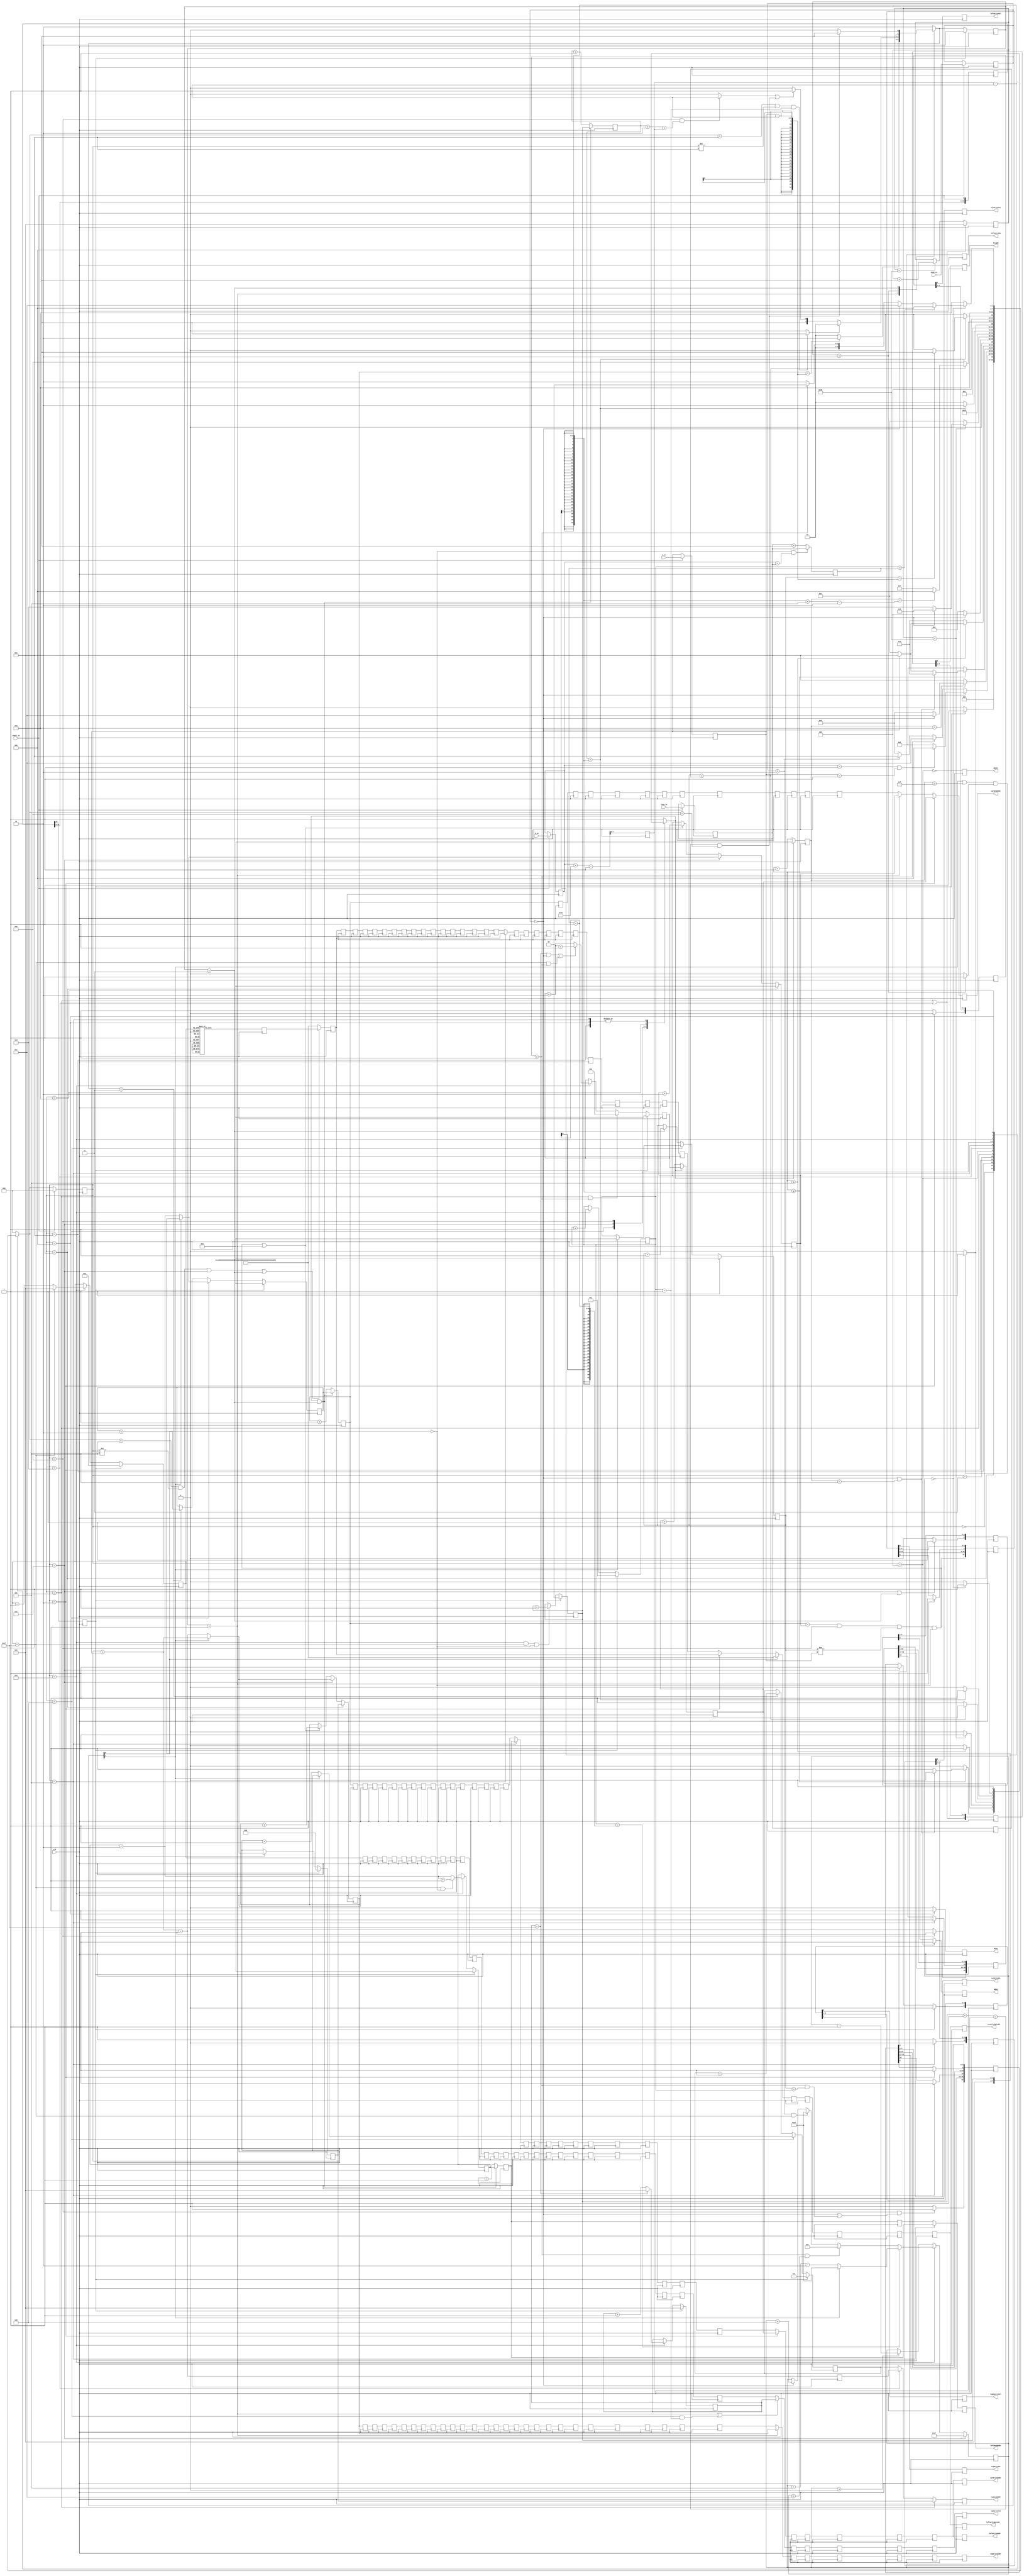
`define NWIDTH 6'b010100
`define BLOCKWIDTH 5'b01000
`define DDRWIDTH 7'b0100000
`define DDRNUMDQS 4'b0100
`define DDRSIZEWIDTH 6'b011000
`define BURSTLEN 3'b010
`define MEMCONWIDTH 8'b01000000
`define MEMCONNUMBYTES 5'b01000
`define RAMWIDTH 13'b0100000000000
`define RAMNUMBYTES 10'b0100000000
`define RAMSIZEWIDTH 5'b01000
`define TOPWIDTH 7'b0100000
`define rFIFOINPUTWIDTH 8'b01000000
`define wFIFOINPUTWIDTH 13'b0100000000000
`define mFIFOWIDTH 6'b011100
`define aFIFOWIDTH 5'b01000
`define SIMULATION_MEMORY
`define BLOCKM 9'b010000000
`define BLOCKN 9'b010000000
`define BLOCKMDIVK 3'b010
`define MEMBLOCKM 8'b01000000
`define MEMBLOCKN 8'b01000000
`define NWIDTH 6'b010100
`define BLOCKWIDTH 5'b01000
`define DDRSIZEWIDTH 6'b011000
`define RAMSIZEWIDTH 5'b01000
`define START 1'b0 //0
`define SETUP 2'b01 //1
`define FIRST 3'b010 //2
`define MODE0_SETUP 3'b011 //3
`define MODE0_WAIT 4'b0100 //4
`define MODE0 4'b0101 //5
`define MODE1_SETUP 4'b0110 //6
`define MODE1_WAIT 4'b0111 //7
`define MODE1 5'b01000 //8
`define MODE2_SETUP 5'b01001 //9
`define MODE2_WAIT 5'b01010 //10
`define MODE2 5'b01011 //11
`define MODE3_SETUP 5'b01100 //12
`define MODE3_WAIT 5'b01101 //13
`define MODE3 5'b01110 //14
`define STALL 5'b01111 //15
`define STALL_WAIT 6'b010000 //16
`define WAIT 6'b010001 //17
`define FINAL_WRITE 6'b010010 //18
`define FINAL_WAIT 6'b010011 //19
`define IDLE 6'b010100 //20
`define LAST_SETUP 6'b010101 //21
`define LAST_SETUP_WAIT 6'b010110 //22
`define LAST 6'b010111 //23
`define LAST_WAIT 6'b011000 //24
`define MEM_IDLE 1'b0 //0
`define MEM_WRITE 2'b01 //1
`define MEM_WRITE_WAIT 3'b010 //2
`define MEM_CHECK_DONE 3'b011 //3
`define MEM_READ 4'b0100 //4
`define MEM_READ_WAIT 4'b0101 //5
`define MEM_DONE 4'b0110 //6
`define MEM_WAIT_DONE 4'b0111 //7
`define rRAMSIZEWIDTH 8
`define cSETUP 4'b0000
`define cSTART 4'b0001
`define cFETCH_COL 4'b0010
`define cWAIT_COL 4'b0011
`define cFIND_REC 4'b0100
`define cMULT_COL 4'b0101
`define cUPDATE_J 4'b0110
`define cSTORE_MO 4'b0111
`define cMULT_SUB 4'b1000
`define cINCRE_I 4'b1001
`define cWAIT 4'b1010
`define cDONE 4'b1011
`define cSTORE_DIAG 4'b1100
`define cSTORE_DIAG2 4'b1101
`define cSTART_FETCH_ROW 4'b1110
`define cROW_WAIT 2'b00
`define cFETCH_ROW 2'b01
`define cDONE_FETCH_ROW 2'b10
`define cLOAD_ROW_INC_J 2'b11
`define PRECISION 7'b0100000
`define NUMPE 8'b01000000
`define PEWIDTH 4'b0110
`define BLOCKWIDTH 5'b01000
`define RAMWIDTH 13'b0100000000000
`define RAMNUMBYTES 10'b0100000000
`define RAMSIZEWIDTH 5'b01000
`define TOPSIZEWIDTH 5'b01110
`define TOPINPUTDELAY 3'b011
`define TOPOUTPUTDELAY 2'b01
`define MEMINPUTDELAY 3'b010
`define MEMOUTPUTDELAY 2'b01
`define TOPWIDTH 7'b0100000
//`define rFIFOINPUTWIDTH 64
`define rFIFOSIZE 512
`define rFIFOSIZEWIDTH 9
`define rFIFOOUTPUTWIDTH 2048
`define rFIFORSIZEWIDTH 4
	`define wFIFOINPUTWIDTH 13'b0100000000000
	`define wFIFOSIZE 6'b010000
	`define wFIFOSIZEWIDTH 4'b0100
	`define wFIFOOUTPUTWIDTH 8'b01000000
	`define wFIFORSIZEWIDTH 5'b01001
`define aFIFOSIZE 6'b010000
`define aFIFOSIZEWIDTH 4'b0100
`define aFIFOWIDTH 5'b01000
`define mFIFOSIZE 16
`define mFIFOSIZEWIDTH 4
//`define mFIFOWIDTH 28
`define BURSTLEN 3'b010
`define BURSTWIDTH 3'b010
`define DATAWIDTH 13'b0100000000000
`define DATANUMBYTES 10'b0100000000
`define MEMCONWIDTH 8'b01000000
`define MEMCONNUMBYTES 5'b01000
`define DDRSIZEWIDTH 6'b011000
`define FIFOSIZE 6'b010000
`define FIFOSIZEWIDTH 4'b0100
`define RAMWIDTH 13'b0100000000000
`define RAMNUMBYTES 10'b0100000000
`define RAMSIZEWIDTH 5'b01000
`define RATIO 7'b0100000
`define RAMLAT 4'b0101
`define dIDLE 0
`define dWRITE 1
`define dREAD 2
`define ZERO        8'b00000000  
`define ONE         8'b00000001  
`define TWO         8'b00000010  
`define THREE 		  8'b00000011  
`define FOUR		  8'b00000100  
`define FIVE		  8'b00000101  
`define SIX         8'b00000110  
`define SEVEN       8'b00000111  
`define EIGHT       8'b00001000  
`define NINE        8'b00001001  
`define TEN         8'b00001010  
`define ELEVEN      8'b00001011  
`define TWELVE      8'b00001100  
`define THIRTEEN    8'b00001101  
`define FOURTEEN    8'b00001110  
`define FIFTEEN     8'b00001111  
`define SIXTEEN     8'b00010000  
`define SEVENTEEN   8'b00010001  
`define EIGHTEEN	  8'b00010010  
`define NINETEEN    8'b00010011  
`define TWENTY		  8'b00010100  
`define TWENTYONE   8'b00010101  
`define TWENTYTWO   8'b00010110  
`define TWENTYTHREE 8'b00010111  
`define TWENTYFOUR  8'b00011000  
`define WEXP	8  
`define WSIG	23  
`define WFLAG	5  
`define WCONTROL 5  
`define DIVZERO 	0  
`define INVALID 	1  
`define INEXACT 	2  
`define OVERFLOW 	3  
`define UNDERFLOW	4  
`define WIDTH 		32 	//(`WEXP + `WSIG + 1)  
`define PRODWIDTH	48 	//(2 * (`WSIG + 1))  
`define SHIFTWIDTH	96 	//(2 * `PRODWIDTH))  
`define WPRENORM	24	// `WSIG + 1  
`define WEXPSUM		10	// `WEXP + 2  
`define BIAS		127	// (2^(`WEXP)) - 1  
`define WSIGMINUS1	22	// `WSIG - 1, used for rounding  
`define WSHIFTAMT	5	// log2(`WSIG + 1) rounded up  
`define UNDERBIAS	192	// 3 * 2 ^ (`WEXP -2)  
`define OVERBIAS	-192	// -`UNDERBIAS  
`define	EXTRASIG	25		// `WSIG+2 this is the amount of precision needed so no  
`define	SHIFT		5		// # bits the max alignment shift will fit in (log2(`WSIG+2)  
`define	MAX_EXP		8'b11111110	// the maximum non-infinite exponent,  
`define	INF_EXP		8'b11111111	// Infinity exponent, `WEXP bits, all 1  
`define	MAX_SIG		23'b11111111111111111111111  
`define	WEXP_0		8'b0		// Exponent equals `WEXP'b0  
`define	WEXP_1		8'b1		// Exponent equals one `WEXP'b1  
`define	WSIG_0		23'b0		// Significand equals zero `WSIG'b0  
`define	WSIG_1		23'b1		// Significand equals one `WSIG'b1  
`define	EXTRASIG_0	25'b0		// All result bits for adder zero `EXTRASIG'b0  
`define	MAXSHIFT	24		// `WSIG + 1  
`define CONSTNAN	{9'b111111111,22'b0}  
`define CONSTZERO	31'b0  
`define CONSTINFINITY	{8'b11111111, 23'b0}  
`define CONSTLARGEST	{`MAX_EXP, `MAX_SIG}  
`define PRESHIFTZEROS  48'b0 // `PRODWIDTH'b0  

module LUControl (clk, start_in, m_in, n_in, loop_in, mode_in, done,
					curReadAddr, curWriteAddr, curWriteByteEn, curWriteEn, curWriteSel, 
					leftReadAddr, leftWriteAddr, leftWriteByteEn, leftWriteEn,  leftWriteSel,
					topReadAddr, topWriteAddr, topWriteEn, topWriteSel, topSourceSel, diagEn, MOSel, MOEn);

input clk, start_in;
input[8-1:0] m_in, n_in, loop_in;
input[1:0] mode_in;
output done;

output[256-1:0] curWriteByteEn;
output[8-1:0] curWriteAddr, curReadAddr;
output curWriteEn;

output[256-1:0] leftWriteByteEn;
output[8-1:0] leftWriteAddr, leftReadAddr;
output leftWriteEn;

output[14-1:0] topWriteAddr, topReadAddr;
output topWriteEn;

output leftWriteSel, curWriteSel, topSourceSel, diagEn;
output[6-1:0] topWriteSel;

output MOSel;
output MOEn;

reg start;
reg[15:0]startDelay;
reg[8-1:0] m, n, stop, stop2, loop;
reg[1:0] mode;
reg[3:0] nextState, currentState;
reg[1:0] nextRowState, currentRowState;
reg startFetchRow, doneFetchRow, loadRow, writeRow;
reg updateCounter;

reg[8-1:0] i1, j;
reg[14-1:0] nextTopIdx, nextTopIdx2, curTopIdx, nextTopIdxCounter;
reg[2-1:0] topIdx, topIdxCounter, mdivk;
reg[8-1:0] diagIdx, leftIdx, msIdx;
reg[6-1:0] imodk, i1modk;
reg[8-1:0] diagIdxCounter, leftIdxCounter, msIdxCounter, readRowCounter, topWriteCounter;
reg[256-1:0] byteEn, i1modkByteEn;

reg done;

reg[256-1:0] curWriteByteEn;
reg[8-1:0] curWriteAddr, curReadAddr;
reg curWriteEn;

reg[256-1:0] leftWriteByteEn;
reg[8-1:0] leftWriteAddr, leftReadAddr;
reg leftWriteEn;

reg[14-1:0] topWriteAddr, topReadAddr;
reg topWriteEn;

reg leftWriteSel, curWriteSel, topSourceSel, diagEn;
reg[6-1:0] topWriteSel;

reg MOSel;
reg MOEn;

reg[8-1:0] counter;
reg[6-1:0] divCounter;

reg[256-1:0]writeByteEnDelay0; 
reg[256-1:0]writeByteEnDelay1; 
reg[256-1:0]writeByteEnDelay2; 
reg[256-1:0]writeByteEnDelay3; 
reg[256-1:0]writeByteEnDelay4; 
reg[256-1:0]writeByteEnDelay5; 
reg[256-1:0]writeByteEnDelay6; 
reg[256-1:0]writeByteEnDelay7; 
reg[256-1:0]writeByteEnDelay8; 
reg[256-1:0]writeByteEnDelay9; 
reg[256-1:0]writeByteEnDelay10; 
reg[256-1:0]writeByteEnDelay11; 
reg[256-1:0]writeByteEnDelay12; 
reg[256-1:0]writeByteEnDelay13; 
reg[256-1:0]writeByteEnDelay14; 
reg[256-1:0]writeByteEnDelay15; 
reg[256-1:0]writeByteEnDelay16; 
reg[256-1:0]writeByteEnDelay17; 
reg[256-1:0]writeByteEnDelay18; 
reg[256-1:0]writeByteEnDelay19; 
reg[256-1:0]writeByteEnDelay20; 
reg[256-1:0]writeByteEnDelay21; 
reg[256-1:0]writeByteEnDelay22; 
reg[256-1:0]writeByteEnDelay23; 
reg[256-1:0]writeByteEnDelay24; 
reg[256-1:0]writeByteEnDelay25; 
reg[256-1:0]writeByteEnDelay26; 
reg[256-1:0]writeByteEnDelay27; 
reg[256-1:0]writeByteEnDelay28; 
reg[256-1:0]writeByteEnDelay29; 
reg[256-1:0]writeByteEnDelay30; 
reg[256-1:0]writeByteEnDelay31; 

reg[8-1:0]curWriteAddrDelay0; 
reg[8-1:0]curWriteAddrDelay1; 
reg[8-1:0]curWriteAddrDelay2; 
reg[8-1:0]curWriteAddrDelay3; 
reg[8-1:0]curWriteAddrDelay4; 
reg[8-1:0]curWriteAddrDelay5; 
reg[8-1:0]curWriteAddrDelay6; 
reg[8-1:0]curWriteAddrDelay7; 
reg[8-1:0]curWriteAddrDelay8; 
reg[8-1:0]curWriteAddrDelay9; 
reg[8-1:0]curWriteAddrDelay10; 
reg[8-1:0]curWriteAddrDelay11; 
reg[8-1:0]curWriteAddrDelay12; 
reg[8-1:0]curWriteAddrDelay13; 
reg[8-1:0]curWriteAddrDelay14; 
reg[8-1:0]curWriteAddrDelay15; 
reg[8-1:0]curWriteAddrDelay16; 
reg[8-1:0]curWriteAddrDelay17; 
reg[8-1:0]curWriteAddrDelay18; 
reg[8-1:0]curWriteAddrDelay19; 
reg[8-1:0]curWriteAddrDelay20; 
reg[8-1:0]curWriteAddrDelay21; 
reg[8-1:0]curWriteAddrDelay22; 
reg[8-1:0]curWriteAddrDelay23; 
reg[8-1:0]curWriteAddrDelay24; 
reg[8-1:0]curWriteAddrDelay25; 
reg[8-1:0]curWriteAddrDelay26; 
reg[8-1:0]curWriteAddrDelay27; 
reg[8-1:0]curWriteAddrDelay28; 
reg[8-1:0]curWriteAddrDelay29; 
reg[8-1:0]curWriteAddrDelay30; 
reg[8-1:0]curWriteAddrDelay31; 

reg[8-1:0]curReadAddrDelay0; 
reg[8-1:0]curReadAddrDelay1; 
reg[8-1:0]curReadAddrDelay2; 
reg[8-1:0]curReadAddrDelay3; 
reg[8-1:0]curReadAddrDelay4; 
reg[8-1:0]curReadAddrDelay5; 
reg[8-1:0]curReadAddrDelay6; 
reg[8-1:0]curReadAddrDelay7; 
reg[8-1:0]curReadAddrDelay8; 
reg[8-1:0]curReadAddrDelay9; 
reg[8-1:0]curReadAddrDelay10; 
reg[8-1:0]curReadAddrDelay11; 

reg[32-1:0]leftWriteEnDelay; 
reg[32-1:0]curWriteEnDelay; 
reg[5-1:0]leftWriteSelDelay; 
reg[16-1:0]curWriteSelDelay; 
reg[8-1:0]leftReadAddrDelay0; 
reg[14-1:0]topWriteAddrDelay0; 
reg[14-1:0]topWriteAddrDelay1; 
reg[14-1:0]topWriteAddrDelay2; 
reg[14-1:0]topWriteAddrDelay3; 
reg[14-1:0]topWriteAddrDelay4; 
reg[14-1:0]topWriteAddrDelay5; 
reg[14-1:0]topWriteAddrDelay6; 
reg[14-1:0]topWriteAddrDelay7; 
reg[14-1:0]topWriteAddrDelay8; 
reg[14-1:0]topWriteAddrDelay9; 
reg[14-1:0]topWriteAddrDelay10; 
reg[14-1:0]topWriteAddrDelay11; 
reg[14-1:0]topWriteAddrDelay12; 
reg[14-1:0]topWriteAddrDelay13; 
reg[14-1:0]topWriteAddrDelay14; 
reg[14-1:0]topWriteAddrDelay15; 
reg[14-1:0]topWriteAddrDelay16; 
reg[14-1:0]topWriteAddrDelay17; 
reg[14-1:0]topWriteAddrDelay18; 
reg[14-1:0]topWriteAddrDelay19; 
reg[14-1:0]topWriteAddrDelay20; 
reg[14-1:0]topWriteAddrDelay21; 
reg[14-1:0]topWriteAddrDelay22; 
reg[14-1:0]topWriteAddrDelay23; 
reg[14-1:0]topWriteAddrDelay24; 
reg[14-1:0]topWriteAddrDelay25; 
reg[14-1:0]topWriteAddrDelay26; 
reg[14-1:0]topWriteAddrDelay27; 
reg[14-1:0]topWriteAddrDelay28; 
reg[14-1:0]topWriteAddrDelay29; 
reg[14-1:0]topWriteAddrDelay30; 
reg[14-1:0]topWriteAddrDelay31; 

reg [32-1:0]topWriteEnDelay;
reg [5-1:0]topSourceSelDelay;
reg[6-1:0]topWriteSelDelay0; 
reg[6-1:0]topWriteSelDelay1; 
reg[6-1:0]topWriteSelDelay2; 
reg[6-1:0]topWriteSelDelay3; 
reg[6-1:0]topWriteSelDelay4; 
reg[6-1:0]topWriteSelDelay5; 
reg[6-1:0]topWriteSelDelay6; 
reg[6-1:0]topWriteSelDelay7; 
reg[6-1:0]topWriteSelDelay8; 
reg[6-1:0]topWriteSelDelay9; 
reg[6-1:0]topWriteSelDelay10; 
reg[6-1:0]topWriteSelDelay11; 
reg[6-1:0]topWriteSelDelay12; 
reg[6-1:0]topWriteSelDelay13; 
reg[6-1:0]topWriteSelDelay14; 
reg[6-1:0]topWriteSelDelay15; 
reg[6-1:0]topWriteSelDelay16; 
reg[6-1:0]topWriteSelDelay17; 
reg[6-1:0]topWriteSelDelay18; 
reg[6-1:0]topWriteSelDelay19; 
reg[6-1:0]topWriteSelDelay20; 
reg[6-1:0]topWriteSelDelay21; 
reg[6-1:0]topWriteSelDelay22; 
reg[6-1:0]topWriteSelDelay23; 
reg[6-1:0]topWriteSelDelay24; 
reg[6-1:0]topWriteSelDelay25; 
reg[6-1:0]topWriteSelDelay26; 
reg[6-1:0]topWriteSelDelay27; 
reg[6-1:0]topWriteSelDelay28; 
reg[6-1:0]topWriteSelDelay29; 
reg[6-1:0]topWriteSelDelay30; 
reg[6-1:0]topWriteSelDelay31; 

reg [6-1:0]diagEnDelay;
reg[6-1:0]MOEnDelay;
reg [8-1:0]waitCycles;

// register store m, n and mdivk value
always @ (posedge clk)
begin
	if (start_in == 1'b1)
	begin
		n <= n_in;
		m <= m_in;
		loop <= loop_in;
		mode <= mode_in;
	end
	if (mode[0] == 1'b0 && m == loop)
		stop <= loop;
	else
		stop <= loop+1'b1;
	stop2 <= loop;
	startDelay[0] <= start_in;
	startDelay[1] <= startDelay[0];
	startDelay[2] <= startDelay[1];
	startDelay[3] <= startDelay[2];
	startDelay[4] <= startDelay[3];
	startDelay[5] <= startDelay[4];
	startDelay[6] <= startDelay[5];
	startDelay[7] <= startDelay[6];
	startDelay[8] <= startDelay[7];
	startDelay[9] <= startDelay[8];
	startDelay[10] <= startDelay[9];
	startDelay[11] <= startDelay[10];
	startDelay[12] <= startDelay[11];
	startDelay[13] <= startDelay[12];
	startDelay[14] <= startDelay[13];
	startDelay[15] <= startDelay[14];
	start <= startDelay[15];
	mdivk <= (m+64-1)>>6;
end

// registers that store values that are used in FSM, dependent on i and/or j
always @ (posedge clk)
begin
	if (start == 1'b1)
		topIdx <= 2'b00; //offset1divk;
	else if (currentState == `cINCRE_I && i1modk == 64-1 && mode[0] == 1'b0)
		topIdx <= topIdx + 1'b1;
		
	if (start == 1'b1)
		diagIdx <= 8'b00000000;
	else if (currentState == `cSTORE_DIAG && mode == 2'b01)
		diagIdx <= 2;	else if (currentState == `cINCRE_I)
	begin
		if ((imodk == 64-1 && mode == 2'b00) || (i1modk == 64-1 && mode == 2'b01))
			diagIdx <= diagIdx + 2 + 1;
		else
			diagIdx <= diagIdx + 2;
	end
	
	if (start == 1'b1)
		leftIdx <= 8'b00000000;
	else if (currentState == `cINCRE_I)
	begin
		if (i1modk == 64-1 && mode[0] == 1'b0)
			leftIdx <= leftIdx + 2 + 1;
		else
			leftIdx <= leftIdx + 2;
	end

	if (start == 1'b1)
		msIdx <= 8'b00000000;
	else if (currentState == `cUPDATE_J)
		if (mode[1] == 1'b0)
			msIdx <= leftIdx + 2;
		else
			msIdx <= topIdx;
	else if (nextRowState == `cLOAD_ROW_INC_J)
		msIdx <= msIdx + 2;

	if (start == 1'b1)
		imodk <= 6'b000000;
	else if (currentState == `cINCRE_I)
	begin
		if (imodk == 64-1)
		imodk <= 6'b000000;
		else
			imodk <= imodk + 1'b1;
	end
	
	if (start == 1'b1)
		i1modk <= 6'b000001;
	else if (currentState == `cINCRE_I)
	begin
		if (i1modk == 64-1)
		i1modk <= 6'b000000;
		else
			i1modk <= i1modk + 1'b1;
	end
	
	if (start == 1'b1)
		nextTopIdx <= 14'b00000000000000;
	else if (currentState == `cINCRE_I)
		if (mode[1] == 0)
			nextTopIdx <= nextTopIdx + n + 1;
		else
			nextTopIdx <= nextTopIdx + n;
 nextTopIdx2 <= nextTopIdx + n + 1;

	if (start == 1'b1)
		curTopIdx <= 14'b00000000000001;
	else if (currentState == `cUPDATE_J)
   if (mode[1] == 1'b0)
		  curTopIdx <= nextTopIdx+1;
   else
		  curTopIdx <= nextTopIdx;
	else if (nextRowState == `cLOAD_ROW_INC_J)
		curTopIdx <= curTopIdx + 1;
	
	if (start == 1'b1)
		i1 <= 8'b00000001;
	else if (currentState == `cINCRE_I)
	   i1 <= i1 + 1;

	if (start == 1'b1)
		j <= 8'b00000000;
	else if (currentState == `cUPDATE_J)
		if (mode[1] == 1'b0)
			j <= i1;
		else
		j <= 8'b00000000;
	else if (currentRowState == `cLOAD_ROW_INC_J)
		j <= j + 1;

// compute cycles of delay in FSM
	if (currentState == `cSTORE_MO)
		waitCycles <= 32-1;
	else if (currentState == `cINCRE_I)
	begin
		if (i1 == stop-1)
			if (mode[1] == 1'b1)
				waitCycles <= 32-1 + 6 - 3;
			else
				waitCycles <= waitCycles + 5 - 2;
		else if (mode == 2'b01 && waitCycles < 32-1 - (16-1) - 4)
			waitCycles <= 32-1 - (16-1) - 4;
		else if (mode == 2'b10 && i1modk == 64-1)
			waitCycles <= 32-1 + 6 - 3;
		else if (mode == 2'b00)
			waitCycles <= waitCycles + 6 ;
	end
else if (waitCycles >8'b00000000)
		waitCycles <= waitCycles - 1;

end

// determining next state of main FSM
always @ (currentState or start or mode or m or n or counter or mdivk or topIdxCounter or doneFetchRow or divCounter or j or stop2 or waitCycles or stop or i1)
begin
	case (currentState)
	`cSETUP:
	begin
		if (start == 1'b1)
			nextState = `cSTART;
		else
			nextState = `cSETUP;
		updateCounter = 1'b1;
	end
	`cSTART:
	begin
		if (mode == 2'b00)
		begin
			if (m == 1 && n == 1)
				nextState = `cDONE;
			else
				nextState = `cFETCH_COL;
		end
		else if (mode == 2'b01)
			nextState = `cSTORE_DIAG;
		else if (mode == 2'b10)
			nextState = `cSTART_FETCH_ROW;
		else
			nextState = `cUPDATE_J;
		updateCounter = 1'b1;
	end
	`cSTART_FETCH_ROW:
	begin
		if (counter == 5+6-1)
   begin
		  if (mode == 2'b00)
			  nextState = `cSTORE_DIAG;
		  else
			  nextState = `cUPDATE_J;
	  end
		else
			nextState = `cSTART_FETCH_ROW;
		updateCounter = 1'b0;
	end
	`cFETCH_COL:
		if (counter >= mdivk-1)
		begin
			if (mode == 2'b00 && counter < 5)
			begin
				nextState = `cWAIT_COL;
				updateCounter = 1'b0;
			end
			else
			begin
				if (mode == 2'b00)
					nextState = `cSTART_FETCH_ROW;
				else
					nextState = `cFIND_REC;
				updateCounter = 1'b1;
			end
		end
		else
		begin
			nextState = `cFETCH_COL;
			updateCounter = 1'b0;
		end
	`cWAIT_COL:
		if (counter >= 5)
		begin
			if (mode == 0)
				nextState = `cSTART_FETCH_ROW;
			else
				nextState = `cFIND_REC;
			updateCounter = 1;
		end
		else
		begin
			nextState = `cWAIT_COL;
			updateCounter = 0;
		end
	`cSTORE_DIAG:
	begin
		if (mode == 0)
			nextState =  `cFIND_REC;
		else
			nextState =  `cFETCH_COL;
		updateCounter = 1;
	end
	`cFIND_REC:
		if (divCounter == 56)
		begin
			if (mode == 0)
				nextState = `cMULT_COL;
			else
				nextState = `cSTORE_DIAG2;
			updateCounter = 1;
		end
		else
		begin
			nextState = `cFIND_REC;
			updateCounter = 0;
		end
	`cSTORE_DIAG2:
	begin
		nextState =  `cMULT_COL;
		updateCounter = 1;
	end
	`cMULT_COL:
		if (topIdxCounter == mdivk-1)
		begin
			nextState = `cUPDATE_J;
			updateCounter = 0;
		end
		else
		begin
			nextState = `cMULT_COL;
			updateCounter = 0;
		end
	`cUPDATE_J:
		if ((mode[1] == 1 || counter >= 16-1) && doneFetchRow == 1)
		begin
			nextState = `cSTORE_MO;
			updateCounter = 1;
		end
		else
		begin
			nextState = `cUPDATE_J;
			updateCounter = 0;
		end
	`cSTORE_MO:
	begin
		if (j == stop2)
		begin
			if (counter == mdivk-1+5-2)
				nextState = `cDONE;
			else
				nextState = `cSTORE_MO;
			updateCounter = 0;
		end
		else
		begin
			nextState =  `cMULT_SUB;
			updateCounter = 1;
		end
	end
	`cMULT_SUB:
		if (topIdxCounter == mdivk-1)
		begin
			if (j == n-1)
				nextState = `cINCRE_I;
			else
				nextState = `cMULT_SUB;
			updateCounter = 1;
		end
		else
		begin
			nextState = `cMULT_SUB;
			updateCounter = 0;
		end
	`cINCRE_I:
	begin
		nextState = `cWAIT;
		updateCounter = 1;
	end
	`cWAIT:
		if (waitCycles == 0)
		begin
			if (i1 == stop)
				nextState = `cDONE;
			else if (mode == 0)
				nextState = `cSTORE_DIAG;
			else if (mode == 1)
				nextState = `cFIND_REC;
			else
				nextState = `cUPDATE_J;
			updateCounter = 1;
		end
		else
		begin
			nextState = `cWAIT;
			updateCounter = 0;
		end
	`cDONE:
	begin
		nextState = `cDONE;
		updateCounter = 0;
	end
	default:
	begin
		nextState = `cSETUP;
		updateCounter = 1;
	end
	endcase
end

always @ (currentRowState or currentState or nextState or i1 or topIdxCounter or mdivk or msIdxCounter or readRowCounter or j or n or mode)
begin
	if (currentRowState == `cDONE_FETCH_ROW)
		doneFetchRow = 1;
	else
		doneFetchRow = 0;
		if((nextState == `cSTART_FETCH_ROW && currentState != `cSTART_FETCH_ROW && i1 == 1))
		startFetchRow = 1;
	else
		startFetchRow = 0;
	if (currentState == `cMULT_SUB && topIdxCounter+2 == mdivk)
		loadRow = 1;
	else
		loadRow = 0;
	writeRow = (msIdxCounter == readRowCounter)&&(currentState==`cMULT_SUB)&&(j!=n)&&(mode[0] == 0);
end

// second FSM that controls the control signals to temp_top block
always @ (currentRowState or nextTopIdxCounter or n or startFetchRow or loadRow or topIdx or mdivk or nextState)
begin
	case (currentRowState)
	`cFETCH_ROW:
		if (nextTopIdxCounter == n-1)
			nextRowState = `cDONE_FETCH_ROW;
		else
			nextRowState = `cFETCH_ROW;
	`cDONE_FETCH_ROW:
		if (startFetchRow == 1)
			nextRowState = `cFETCH_ROW;
		else if (loadRow == 1 || (topIdx+1 == mdivk && nextState == `cMULT_SUB))
			nextRowState = `cLOAD_ROW_INC_J;
		else
			nextRowState = `cDONE_FETCH_ROW;
	`cLOAD_ROW_INC_J:
		if (topIdx+1 == mdivk && nextState == `cMULT_SUB)
			nextRowState = `cLOAD_ROW_INC_J;
		else
			nextRowState = `cDONE_FETCH_ROW;
	default:
		nextRowState = `cDONE_FETCH_ROW;
	endcase
end

// address counters
always @ (posedge clk)
begin
	if (updateCounter == 1 || currentRowState == `cLOAD_ROW_INC_J)
		topIdxCounter <= topIdx;
	else
		topIdxCounter <= topIdxCounter + 1;

	if (updateCounter == 1)
		diagIdxCounter <= diagIdx;
	else
		diagIdxCounter <= diagIdxCounter + 1;

	if (updateCounter == 1 || currentRowState == `cLOAD_ROW_INC_J)
		msIdxCounter <= msIdx;
	else
		msIdxCounter <= msIdxCounter + 1;

	if (updateCounter == 1 || currentRowState == `cLOAD_ROW_INC_J)
		leftIdxCounter <= leftIdx;
	else
		leftIdxCounter <= leftIdxCounter + 1;
	
	if (currentState == `cFETCH_COL || currentState == `cSTORE_MO)
		topWriteCounter <= i1;
	else if (writeRow == 1 || currentRowState == `cFETCH_ROW)
		topWriteCounter <= topWriteCounter + 1;

	if (currentState == `cSTART)
		nextTopIdxCounter <= nextTopIdx;
 else if (currentState == `cSTORE_MO)
		if (mode[1] == 0)
			nextTopIdxCounter <= nextTopIdx + n + 1;
		else
			nextTopIdxCounter <= nextTopIdx + n;
	else if (writeRow == 1 || currentRowState == `cFETCH_ROW)
		nextTopIdxCounter <= nextTopIdxCounter + 1;

	if (currentState == `cSTART)
			readRowCounter <= 0; //offsetdivk;
	else if (currentState == `cSTORE_MO)
		if (mode[1] == 0)
			readRowCounter <= leftIdx + 2;
		else
			readRowCounter <= topIdx;
	else if (writeRow == 1 || currentRowState == `cFETCH_ROW)
	   readRowCounter <= readRowCounter + 2;

	if (updateCounter == 1)
		counter <= 0;
	else
		counter <= counter + 1;

	if (currentState == `cSTORE_DIAG || currentState == `cSTORE_DIAG2)
		divCounter <= 0;
	else if (divCounter < 56)
		divCounter <= divCounter + 1;

	case (i1modk) 
		6'b000000: begin
			i1modkByteEn <= ~(256'b0) >> (6'b000000<<2'b10);
		end
		6'b000001: begin
			i1modkByteEn <= ~(256'b0) >> (6'b000001<<2'b10);
		end
		6'b000010: begin
			i1modkByteEn <= ~(256'b0) >> (6'b000010<<2'b10);
		end
		6'b000011: begin
			i1modkByteEn <= ~(256'b0) >> (6'b000011<<2'b10);
		end
		6'b000100: begin
			i1modkByteEn <= ~(256'b0) >> (6'b000100<<2'b10);
		end
		6'b000101: begin
			i1modkByteEn <= ~(256'b0) >> (6'b000101<<2'b10);
		end
		6'b000110: begin
			i1modkByteEn <= ~(256'b0) >> (6'b000110<<2'b10);
		end
		6'b000111: begin
			i1modkByteEn <= ~(256'b0) >> (6'b000111<<2'b10);
		end
		6'b001000: begin
			i1modkByteEn <= ~(256'b0) >> (6'b001000<<2'b10);
		end
		6'b001001: begin
			i1modkByteEn <= ~(256'b0) >> (6'b001001<<2'b10);
		end
		6'b001010: begin
			i1modkByteEn <= ~(256'b0) >> (6'b001010<<2'b10);
		end
		6'b001011: begin
			i1modkByteEn <= ~(256'b0) >> (6'b001011<<2'b10);
		end
		6'b001100: begin
			i1modkByteEn <= ~(256'b0) >> (6'b001100<<2'b10);
		end
		6'b001101: begin
			i1modkByteEn <= ~(256'b0) >> (6'b001101<<2'b10);
		end
		6'b001110: begin
			i1modkByteEn <= ~(256'b0) >> (6'b001110<<2'b10);
		end
		6'b001111: begin
			i1modkByteEn <= ~(256'b0) >> (6'b001111<<2'b10);
		end
		6'b010000: begin
			i1modkByteEn <= ~(256'b0) >> (6'b010000<<2'b10);
		end
		6'b010001: begin
			i1modkByteEn <= ~(256'b0) >> (6'b010001<<2'b10);
		end
		6'b010010: begin
			i1modkByteEn <= ~(256'b0) >> (6'b010010<<2'b10);
		end
		6'b010011: begin
			i1modkByteEn <= ~(256'b0) >> (6'b010011<<2'b10);
		end
		6'b010100: begin
			i1modkByteEn <= ~(256'b0) >> (6'b010100<<2'b10);
		end
		6'b010101: begin
			i1modkByteEn <= ~(256'b0) >> (6'b010101<<2'b10);
		end
		6'b010110: begin
			i1modkByteEn <= ~(256'b0) >> (6'b010110<<2'b10);
		end
		6'b010111: begin
			i1modkByteEn <= ~(256'b0) >> (6'b010111<<2'b10);
		end
		6'b011000: begin
			i1modkByteEn <= ~(256'b0) >> (6'b011000<<2'b10);
		end
		6'b011001: begin
			i1modkByteEn <= ~(256'b0) >> (6'b011001<<2'b10);
		end
		6'b011010: begin
			i1modkByteEn <= ~(256'b0) >> (6'b011010<<2'b10);
		end
		6'b011011: begin
			i1modkByteEn <= ~(256'b0) >> (6'b011011<<2'b10);
		end
		6'b011100: begin
			i1modkByteEn <= ~(256'b0) >> (6'b011100<<2'b10);
		end
		6'b011101: begin
			i1modkByteEn <= ~(256'b0) >> (6'b011101<<2'b10);
		end
		6'b011110: begin
			i1modkByteEn <= ~(256'b0) >> (6'b011110<<2'b10);
		end
		6'b011111: begin
			i1modkByteEn <= ~(256'b0) >> (6'b011111<<2'b10);
		end
		6'b100000: begin
			i1modkByteEn <= ~(256'b0) >> (6'b100000<<2'b10);
		end
		6'b100001: begin
			i1modkByteEn <= ~(256'b0) >> (6'b100001<<2'b10);
		end
		6'b100010: begin
			i1modkByteEn <= ~(256'b0) >> (6'b100010<<2'b10);
		end
		6'b100011: begin
			i1modkByteEn <= ~(256'b0) >> (6'b100011<<2'b10);
		end
		6'b100100: begin
			i1modkByteEn <= ~(256'b0) >> (6'b100100<<2'b10);
		end
		6'b100101: begin
			i1modkByteEn <= ~(256'b0) >> (6'b100101<<2'b10);
		end
		6'b100110: begin
			i1modkByteEn <= ~(256'b0) >> (6'b100110<<2'b10);
		end
		6'b100111: begin
			i1modkByteEn <= ~(256'b0) >> (6'b100111<<2'b10);
		end
		6'b101000: begin
			i1modkByteEn <= ~(256'b0) >> (6'b101000<<2'b10);
		end
		6'b101001: begin
			i1modkByteEn <= ~(256'b0) >> (6'b101001<<2'b10);
		end
		6'b101010: begin
			i1modkByteEn <= ~(256'b0) >> (6'b101010<<2'b10);
		end
		6'b101011: begin
			i1modkByteEn <= ~(256'b0) >> (6'b101011<<2'b10);
		end
		6'b101100: begin
			i1modkByteEn <= ~(256'b0) >> (6'b101100<<2'b10);
		end
		6'b101101: begin
			i1modkByteEn <= ~(256'b0) >> (6'b101101<<2'b10);
		end
		6'b101110: begin
			i1modkByteEn <= ~(256'b0) >> (6'b101110<<2'b10);
		end
		6'b101111: begin
			i1modkByteEn <= ~(256'b0) >> (6'b101111<<2'b10);
		end
		6'b110000: begin
			i1modkByteEn <= ~(256'b0) >> (6'b110000<<2'b10);
		end
		6'b110001: begin
			i1modkByteEn <= ~(256'b0) >> (6'b110001<<2'b10);
		end
		6'b110010: begin
			i1modkByteEn <= ~(256'b0) >> (6'b110010<<2'b10);
		end
		6'b110011: begin
			i1modkByteEn <= ~(256'b0) >> (6'b110011<<2'b10);
		end
		6'b110100: begin
			i1modkByteEn <= ~(256'b0) >> (6'b110100<<2'b10);
		end
		6'b110101: begin
			i1modkByteEn <= ~(256'b0) >> (6'b110101<<2'b10);
		end
		6'b110110: begin
			i1modkByteEn <= ~(256'b0) >> (6'b110110<<2'b10);
		end
		6'b110111: begin
			i1modkByteEn <= ~(256'b0) >> (6'b110111<<2'b10);
		end
		6'b111000: begin
			i1modkByteEn <= ~(256'b0) >> (6'b111000<<2'b10);
		end
		6'b111001: begin
			i1modkByteEn <= ~(256'b0) >> (6'b111001<<2'b10);
		end
		6'b111010: begin
			i1modkByteEn <= ~(256'b0) >> (6'b111010<<2'b10);
		end
		6'b111011: begin
			i1modkByteEn <= ~(256'b0) >> (6'b111011<<2'b10);
		end
		6'b111100: begin
			i1modkByteEn <= ~(256'b0) >> (6'b111100<<2'b10);
		end
		6'b111101: begin
			i1modkByteEn <= ~(256'b0) >> (6'b111101<<2'b10);
		end
		6'b111110: begin
			i1modkByteEn <= ~(256'b0) >> (6'b111110<<2'b10);
		end
		6'b111111: begin
			i1modkByteEn <= ~(256'b0) >> (6'b111111<<2'b10);
		end
		default: begin
			i1modkByteEn <= ~(256'b0);
		end
	endcase
end

// compute Byte Enable
always @ (posedge clk)
begin
	if ((nextState == `cMULT_COL && currentState != `cMULT_COL) || (currentState == `cSTORE_MO) || currentRowState == `cLOAD_ROW_INC_J)
		byteEn <= i1modkByteEn;
	else
		byteEn <= 256'b1111111111111111111111111111111111111111111111111111111111111111111111111111111111111111111111111111111111111111111111111111111111111111111111111111111111111111111111111111111111111111111111111111111111111111111111111111111111111111111111111111111111111111;
end

// update FSM state register
always @ (posedge clk)
begin
	if (start_in == 1'b1)
		currentState <= `cSETUP;
	else
		currentState <= nextState;
	if (start == 1'b1)
		currentRowState <= `cDONE_FETCH_ROW;
	else
		currentRowState <= nextRowState;
end

// delay register for control signals
// control signals are delayed to match latency of operations and/or memory access
always @ (posedge clk)
begin
	curReadAddrDelay0 <= curReadAddrDelay1;
	curReadAddrDelay1 <= curReadAddrDelay2;
	curReadAddrDelay2 <= curReadAddrDelay3;
	curReadAddrDelay3 <= curReadAddrDelay4;
	curReadAddrDelay4 <= curReadAddrDelay5;
	curReadAddrDelay5 <= curReadAddrDelay6;
	curReadAddrDelay6 <= curReadAddrDelay7;
	curReadAddrDelay7 <= curReadAddrDelay8;
	curReadAddrDelay8 <= curReadAddrDelay9;
	curReadAddrDelay9 <= curReadAddrDelay10;
	curReadAddrDelay10 <= curReadAddrDelay11;
	curReadAddrDelay11 <= msIdxCounter;
	
	curWriteAddrDelay0 <= curWriteAddrDelay1;
	curWriteAddrDelay1 <= curWriteAddrDelay2;
	curWriteAddrDelay2 <= curWriteAddrDelay3;
	curWriteAddrDelay3 <= curWriteAddrDelay4;
	if (currentState == `cFETCH_COL)
		curWriteAddrDelay4 <= diagIdxCounter;
	else
		curWriteAddrDelay4 <= curWriteAddrDelay5;
	curWriteAddrDelay5 <= curWriteAddrDelay6;
	curWriteAddrDelay6 <= curWriteAddrDelay7;
	curWriteAddrDelay7 <= curWriteAddrDelay8;
	curWriteAddrDelay8 <= curWriteAddrDelay9;
	curWriteAddrDelay9 <= curWriteAddrDelay10;
	curWriteAddrDelay10 <= curWriteAddrDelay11;
	curWriteAddrDelay11 <= curWriteAddrDelay12;
	curWriteAddrDelay12 <= curWriteAddrDelay13;
	curWriteAddrDelay13 <= curWriteAddrDelay14;
	curWriteAddrDelay14 <= curWriteAddrDelay15;
	if (currentState == `cMULT_COL)
		curWriteAddrDelay15 <= leftIdxCounter;
	else
		curWriteAddrDelay15 <= curWriteAddrDelay16;
	curWriteAddrDelay16 <= curWriteAddrDelay17;
	curWriteAddrDelay17 <= curWriteAddrDelay18;
	curWriteAddrDelay18 <= curWriteAddrDelay19;
	curWriteAddrDelay19 <= curWriteAddrDelay20;
	curWriteAddrDelay20 <= curWriteAddrDelay21;
	curWriteAddrDelay21 <= curWriteAddrDelay22;
	curWriteAddrDelay22 <= curWriteAddrDelay23;
	curWriteAddrDelay23 <= curWriteAddrDelay24;
	curWriteAddrDelay24 <= curWriteAddrDelay25;
	curWriteAddrDelay25 <= curWriteAddrDelay26;
	curWriteAddrDelay26 <= curWriteAddrDelay27;
	curWriteAddrDelay27 <= curWriteAddrDelay28;
	curWriteAddrDelay28 <= curWriteAddrDelay29;
	curWriteAddrDelay29 <= curWriteAddrDelay30;
	curWriteAddrDelay30 <= curWriteAddrDelay31;
	curWriteAddrDelay31 <= msIdxCounter;
	
	writeByteEnDelay0 <= writeByteEnDelay1;
	writeByteEnDelay1 <= writeByteEnDelay2;
	writeByteEnDelay2 <= writeByteEnDelay3;
	writeByteEnDelay3 <= writeByteEnDelay4;
	if (mode[0] == 1'b1)
		writeByteEnDelay4 <= ~0;
	else if (currentState == `cFETCH_COL)
		writeByteEnDelay4 <= byteEn;
	else
		writeByteEnDelay4 <= writeByteEnDelay5;
	writeByteEnDelay5 <= writeByteEnDelay6;
	writeByteEnDelay6 <= writeByteEnDelay7;
	writeByteEnDelay7 <= writeByteEnDelay8;
	writeByteEnDelay8 <= writeByteEnDelay9;
	writeByteEnDelay9 <= writeByteEnDelay10;
	writeByteEnDelay10 <= writeByteEnDelay11;
	writeByteEnDelay11 <= writeByteEnDelay12;
	writeByteEnDelay12 <= writeByteEnDelay13;
	writeByteEnDelay13 <= writeByteEnDelay14;
	writeByteEnDelay14 <= writeByteEnDelay15;
	if (currentState == `cMULT_COL)
		writeByteEnDelay15 <= byteEn;
	else
		writeByteEnDelay15 <= writeByteEnDelay16;
	writeByteEnDelay16 <= writeByteEnDelay17;
	writeByteEnDelay17 <= writeByteEnDelay18;
	writeByteEnDelay18 <= writeByteEnDelay19;
	writeByteEnDelay19 <= writeByteEnDelay20;
	writeByteEnDelay20 <= writeByteEnDelay21;
	writeByteEnDelay21 <= writeByteEnDelay22;
	writeByteEnDelay22 <= writeByteEnDelay23;
	writeByteEnDelay23 <= writeByteEnDelay24;
	writeByteEnDelay24 <= writeByteEnDelay25;
	writeByteEnDelay25 <= writeByteEnDelay26;
	writeByteEnDelay26 <= writeByteEnDelay27;
	writeByteEnDelay27 <= writeByteEnDelay28;
	writeByteEnDelay28 <= writeByteEnDelay29;
	writeByteEnDelay29 <= writeByteEnDelay30;
	writeByteEnDelay30 <= writeByteEnDelay31;
	writeByteEnDelay31 <= byteEn;
	
	curWriteSelDelay[0] <= curWriteSelDelay[1];
	curWriteSelDelay[1] <= curWriteSelDelay[2];
	curWriteSelDelay[2] <= curWriteSelDelay[3];
	curWriteSelDelay[3] <= curWriteSelDelay[4];
	curWriteSelDelay[4] <= curWriteSelDelay[5];
	curWriteSelDelay[5] <= curWriteSelDelay[6];
	curWriteSelDelay[6] <= curWriteSelDelay[7];
	curWriteSelDelay[7] <= curWriteSelDelay[8];
	curWriteSelDelay[8] <= curWriteSelDelay[9];
	curWriteSelDelay[9] <= curWriteSelDelay[10];
	curWriteSelDelay[10] <= curWriteSelDelay[11];
	curWriteSelDelay[11] <= curWriteSelDelay[12];
	curWriteSelDelay[12] <= curWriteSelDelay[13];
	curWriteSelDelay[13] <= curWriteSelDelay[14];
	curWriteSelDelay[14] <= curWriteSelDelay[15];
	if (currentState == `cMULT_COL)
		curWriteSelDelay[15] <= 1'b0;
	else
		curWriteSelDelay[15] <= 1'b1;

	curWriteEnDelay[0] <= curWriteEnDelay[1];
	curWriteEnDelay[1] <= curWriteEnDelay[2];
	curWriteEnDelay[2] <= curWriteEnDelay[3];
	curWriteEnDelay[3] <= curWriteEnDelay[4];
	curWriteEnDelay[4] <= curWriteEnDelay[5];
	curWriteEnDelay[5] <= curWriteEnDelay[6];
	curWriteEnDelay[6] <= curWriteEnDelay[7];
	curWriteEnDelay[7] <= curWriteEnDelay[8];
	curWriteEnDelay[8] <= curWriteEnDelay[9];
	curWriteEnDelay[9] <= curWriteEnDelay[10];
	curWriteEnDelay[10] <= curWriteEnDelay[11];
	curWriteEnDelay[11] <= curWriteEnDelay[12];
	curWriteEnDelay[12] <= curWriteEnDelay[13];
	curWriteEnDelay[13] <= curWriteEnDelay[14];
	curWriteEnDelay[14] <= curWriteEnDelay[15];
	if (currentState == `cMULT_COL)
		curWriteEnDelay[15] <= 1'b1;
	else
		curWriteEnDelay[15] <= curWriteEnDelay[16];
	curWriteEnDelay[16] <= curWriteEnDelay[17];
	curWriteEnDelay[17] <= curWriteEnDelay[18];
	curWriteEnDelay[18] <= curWriteEnDelay[19];
	curWriteEnDelay[19] <= curWriteEnDelay[20];
	curWriteEnDelay[20] <= curWriteEnDelay[21];
	curWriteEnDelay[21] <= curWriteEnDelay[22];
	curWriteEnDelay[22] <= curWriteEnDelay[23];
	curWriteEnDelay[23] <= curWriteEnDelay[24];
	curWriteEnDelay[24] <= curWriteEnDelay[25];
	curWriteEnDelay[25] <= curWriteEnDelay[26];
	curWriteEnDelay[26] <= curWriteEnDelay[27];
	curWriteEnDelay[27] <= curWriteEnDelay[28];
	curWriteEnDelay[28] <= curWriteEnDelay[29];
	curWriteEnDelay[29] <= curWriteEnDelay[30];
	curWriteEnDelay[30] <= curWriteEnDelay[31];
	if (currentState == `cMULT_SUB)
		curWriteEnDelay[31] <= 1'b1;
	else
		curWriteEnDelay[31] <= 1'b0;

	leftWriteSelDelay[0] <= leftWriteSelDelay[1];
	leftWriteSelDelay[1] <= leftWriteSelDelay[2];
	leftWriteSelDelay[2] <= leftWriteSelDelay[3];
	leftWriteSelDelay[3] <= leftWriteSelDelay[4];
	if (currentState == `cFETCH_COL)
		leftWriteSelDelay[4] <= 1'b0;
	else
		leftWriteSelDelay[4] <= 1'b1;

	leftWriteEnDelay[0] <= leftWriteEnDelay[1];
	leftWriteEnDelay[1] <= leftWriteEnDelay[2];
	leftWriteEnDelay[2] <= leftWriteEnDelay[3];
	leftWriteEnDelay[3] <= leftWriteEnDelay[4];
	if (currentState == `cFETCH_COL)
		leftWriteEnDelay[4] <= 1'b1;
	else
		leftWriteEnDelay[4] <= leftWriteEnDelay[5];
	leftWriteEnDelay[5] <= leftWriteEnDelay[6];
	leftWriteEnDelay[6] <= leftWriteEnDelay[7];
	leftWriteEnDelay[7] <= leftWriteEnDelay[8];
	leftWriteEnDelay[8] <= leftWriteEnDelay[9];
	leftWriteEnDelay[9] <= leftWriteEnDelay[10];
	leftWriteEnDelay[10] <= leftWriteEnDelay[11];
	leftWriteEnDelay[11] <= leftWriteEnDelay[12];
	leftWriteEnDelay[12] <= leftWriteEnDelay[13];
	leftWriteEnDelay[13] <= leftWriteEnDelay[14];
	leftWriteEnDelay[14] <= leftWriteEnDelay[15];
	if (currentState == `cMULT_COL)
		leftWriteEnDelay[15] <= 1'b1;
	else
		leftWriteEnDelay[15] <= leftWriteEnDelay[16];
	leftWriteEnDelay[16] <= leftWriteEnDelay[17];
	leftWriteEnDelay[17] <= leftWriteEnDelay[18];
	leftWriteEnDelay[18] <= leftWriteEnDelay[19];
	leftWriteEnDelay[19] <= leftWriteEnDelay[20];
	leftWriteEnDelay[20] <= leftWriteEnDelay[21];
	leftWriteEnDelay[21] <= leftWriteEnDelay[22];
	leftWriteEnDelay[22] <= leftWriteEnDelay[23];
	leftWriteEnDelay[23] <= leftWriteEnDelay[24];
	leftWriteEnDelay[24] <= leftWriteEnDelay[25];
	leftWriteEnDelay[25] <= leftWriteEnDelay[26];
	leftWriteEnDelay[26] <= leftWriteEnDelay[27];
	leftWriteEnDelay[27] <= leftWriteEnDelay[28];
	leftWriteEnDelay[28] <= leftWriteEnDelay[29];
	leftWriteEnDelay[29] <= leftWriteEnDelay[30];
	leftWriteEnDelay[30] <= leftWriteEnDelay[31];
	if (currentState == `cMULT_SUB && (mode == 0 || (mode == 1 && j == i1)))
		leftWriteEnDelay[31] <= 1'b1;
	else
		leftWriteEnDelay[31] <= 1'b0;

	topWriteAddrDelay0 <= topWriteAddrDelay1;
	topWriteAddrDelay1 <= topWriteAddrDelay2;
	topWriteAddrDelay2 <= topWriteAddrDelay3;
	topWriteAddrDelay3 <= topWriteAddrDelay4;
	if (currentRowState == `cFETCH_ROW)
		topWriteAddrDelay4 <= nextTopIdxCounter;
	else
		topWriteAddrDelay4 <=  topWriteAddrDelay5;
	topWriteAddrDelay5 <= topWriteAddrDelay6;
	topWriteAddrDelay6 <= topWriteAddrDelay7;
	topWriteAddrDelay7 <= topWriteAddrDelay8;
	topWriteAddrDelay8 <= topWriteAddrDelay9;
	topWriteAddrDelay9 <= topWriteAddrDelay10;
	topWriteAddrDelay10 <= topWriteAddrDelay11;
	topWriteAddrDelay11 <= topWriteAddrDelay12;
	topWriteAddrDelay12 <= topWriteAddrDelay13;
	topWriteAddrDelay13 <= topWriteAddrDelay14;
	topWriteAddrDelay14 <= topWriteAddrDelay15;
	topWriteAddrDelay15 <= topWriteAddrDelay16;
	topWriteAddrDelay16 <= topWriteAddrDelay17;
	topWriteAddrDelay17 <= topWriteAddrDelay18;
	topWriteAddrDelay18 <= topWriteAddrDelay19;
	topWriteAddrDelay19 <= topWriteAddrDelay20;
	topWriteAddrDelay20 <= topWriteAddrDelay21;
	topWriteAddrDelay21 <= topWriteAddrDelay22;
	topWriteAddrDelay22 <= topWriteAddrDelay23;
	topWriteAddrDelay23 <= topWriteAddrDelay24;
	topWriteAddrDelay24 <= topWriteAddrDelay25;
	topWriteAddrDelay25 <= topWriteAddrDelay26;
	topWriteAddrDelay26 <= topWriteAddrDelay27;
	topWriteAddrDelay27 <= topWriteAddrDelay28;
	topWriteAddrDelay28 <= topWriteAddrDelay29;
	topWriteAddrDelay29 <= topWriteAddrDelay30;
	topWriteAddrDelay30 <= topWriteAddrDelay31;
		topWriteAddrDelay31 <= nextTopIdxCounter;

	topWriteEnDelay[0] <= topWriteEnDelay[1];
	topWriteEnDelay[1] <= topWriteEnDelay[2];
	topWriteEnDelay[2] <= topWriteEnDelay[3];
	topWriteEnDelay[3] <= topWriteEnDelay[4];
	if (currentRowState == `cFETCH_ROW)
		topWriteEnDelay[4] <= 1'b1;
	else
		topWriteEnDelay[4] <=  topWriteEnDelay[5];
	topWriteEnDelay[5] <= topWriteEnDelay[6];
	topWriteEnDelay[6] <= topWriteEnDelay[7];
	topWriteEnDelay[7] <= topWriteEnDelay[8];
	topWriteEnDelay[8] <= topWriteEnDelay[9];
	topWriteEnDelay[9] <= topWriteEnDelay[10];
	topWriteEnDelay[10] <= topWriteEnDelay[11];
	topWriteEnDelay[11] <= topWriteEnDelay[12];
	topWriteEnDelay[12] <= topWriteEnDelay[13];
	topWriteEnDelay[13] <= topWriteEnDelay[14];
	topWriteEnDelay[14] <= topWriteEnDelay[15];
	topWriteEnDelay[15] <= topWriteEnDelay[16];
	topWriteEnDelay[16] <= topWriteEnDelay[17];
	topWriteEnDelay[17] <= topWriteEnDelay[18];
	topWriteEnDelay[18] <= topWriteEnDelay[19];
	topWriteEnDelay[19] <= topWriteEnDelay[20];
	topWriteEnDelay[20] <= topWriteEnDelay[21];
	topWriteEnDelay[21] <= topWriteEnDelay[22];
	topWriteEnDelay[22] <= topWriteEnDelay[23];
	topWriteEnDelay[23] <= topWriteEnDelay[24];
	topWriteEnDelay[24] <= topWriteEnDelay[25];
	topWriteEnDelay[25] <= topWriteEnDelay[26];
	topWriteEnDelay[26] <= topWriteEnDelay[27];
	topWriteEnDelay[27] <= topWriteEnDelay[28];
	topWriteEnDelay[28] <= topWriteEnDelay[29];
	topWriteEnDelay[29] <= topWriteEnDelay[30];
	topWriteEnDelay[30] <= topWriteEnDelay[31];
	topWriteEnDelay[31] <= writeRow;

	topWriteSelDelay0 <= topWriteSelDelay1;
	topWriteSelDelay1 <= topWriteSelDelay2;
	topWriteSelDelay2 <= topWriteSelDelay3;
	topWriteSelDelay3 <= topWriteSelDelay4;
	if (currentRowState == `cFETCH_ROW || currentState == `cUPDATE_J && i1 == 1)
		topWriteSelDelay4 <= imodk;
	else
		topWriteSelDelay4 <=  topWriteSelDelay5;
	topWriteSelDelay5 <= topWriteSelDelay6;
	topWriteSelDelay6 <= topWriteSelDelay7;
	topWriteSelDelay7 <= topWriteSelDelay8;
	topWriteSelDelay8 <= topWriteSelDelay9;
	topWriteSelDelay9 <= topWriteSelDelay10;
	topWriteSelDelay10 <= topWriteSelDelay11;
	topWriteSelDelay11 <= topWriteSelDelay12;
	topWriteSelDelay12 <= topWriteSelDelay13;
	topWriteSelDelay13 <= topWriteSelDelay14;
	topWriteSelDelay14 <= topWriteSelDelay15;
	topWriteSelDelay15 <= topWriteSelDelay16;
	topWriteSelDelay16 <= topWriteSelDelay17;
	topWriteSelDelay17 <= topWriteSelDelay18;
	topWriteSelDelay18 <= topWriteSelDelay19;
	topWriteSelDelay19 <= topWriteSelDelay20;
	topWriteSelDelay20 <= topWriteSelDelay21;
	topWriteSelDelay21 <= topWriteSelDelay22;
	topWriteSelDelay22 <= topWriteSelDelay23;
	topWriteSelDelay23 <= topWriteSelDelay24;
	topWriteSelDelay24 <= topWriteSelDelay25;
	topWriteSelDelay25 <= topWriteSelDelay26;
	topWriteSelDelay26 <= topWriteSelDelay27;
	topWriteSelDelay27 <= topWriteSelDelay28;
	topWriteSelDelay28 <= topWriteSelDelay29;
	topWriteSelDelay29 <= topWriteSelDelay30;
	topWriteSelDelay30 <= topWriteSelDelay31;
	topWriteSelDelay31 <= i1modk;

	topSourceSelDelay[0] <= topSourceSelDelay[1];
	topSourceSelDelay[1] <= topSourceSelDelay[2];
	topSourceSelDelay[2] <= topSourceSelDelay[3];
	topSourceSelDelay[3] <= topSourceSelDelay[4];
	if (start == 1'b1)
		topSourceSelDelay[4] <= 1'b0;
	else if (currentState == `cSTORE_MO)
		topSourceSelDelay[4] <= 1'b1;

	leftReadAddrDelay0 <= leftIdxCounter;


	diagEnDelay[0] <= diagEnDelay[1];
	diagEnDelay[1] <= diagEnDelay[2];
	diagEnDelay[2] <= diagEnDelay[3];
	diagEnDelay[3] <= diagEnDelay[4];
	diagEnDelay[4] <= diagEnDelay[5];
	diagEnDelay[5] <= (currentState == `cSTORE_DIAG || currentState == `cSTORE_DIAG2);

	MOEnDelay[0] <= MOEnDelay[1];
	MOEnDelay[1] <= MOEnDelay[2];
	MOEnDelay[2] <= MOEnDelay[3];
	MOEnDelay[3] <= MOEnDelay[4];
	MOEnDelay[4] <= MOEnDelay[5];
	if (currentState == `cSTORE_MO || currentRowState == `cLOAD_ROW_INC_J)
		MOEnDelay[5] <= 1'b1;
	else
		MOEnDelay[5] <= 1'b0;
end

// output contorl signals
always @ (posedge clk)
begin
	if (currentState == `cFETCH_COL)
		curReadAddr <= diagIdxCounter;
	else if (currentRowState == `cFETCH_ROW)
	   curReadAddr <= readRowCounter;
	else
		curReadAddr <= curReadAddrDelay0;
	curWriteAddr <= curWriteAddrDelay0;
	curWriteByteEn <= writeByteEnDelay0;
	curWriteSel <= curWriteSelDelay;
	curWriteEn <= curWriteEnDelay;

	if (currentState == `cMULT_COL)
		leftReadAddr <= leftIdxCounter;
	else
		leftReadAddr <= leftReadAddrDelay0;
	leftWriteAddr <= curWriteAddrDelay0;
	leftWriteByteEn <= writeByteEnDelay0;
	leftWriteSel <= leftWriteSelDelay;
	leftWriteEn <= leftWriteEnDelay;

	if (currentState == `cSTORE_DIAG)
		topReadAddr <= nextTopIdx;
else if (currentState == `cSTORE_DIAG2)
   topReadAddr <= nextTopIdx2;
	else
	topReadAddr <= curTopIdx;
	topWriteAddr <= topWriteAddrDelay0;
	topWriteEn <= topWriteEnDelay;
	topWriteSel <= topWriteSelDelay0;
	topSourceSel <= topSourceSelDelay;

	MOSel <= ~(currentState == `cFIND_REC);
if (currentState == `cFIND_REC)
		MOEn <= 1'b1;
	else
		MOEn <= MOEnDelay;

	diagEn <= diagEnDelay;

	if (currentState == `cDONE)
		done <= 1'b1;
	else
		done <= 1'b0;
end

endmodule